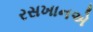
રસખાનએ